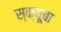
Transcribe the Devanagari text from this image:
स्क्यूबा